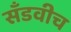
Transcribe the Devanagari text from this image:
सँडवीच